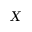
X